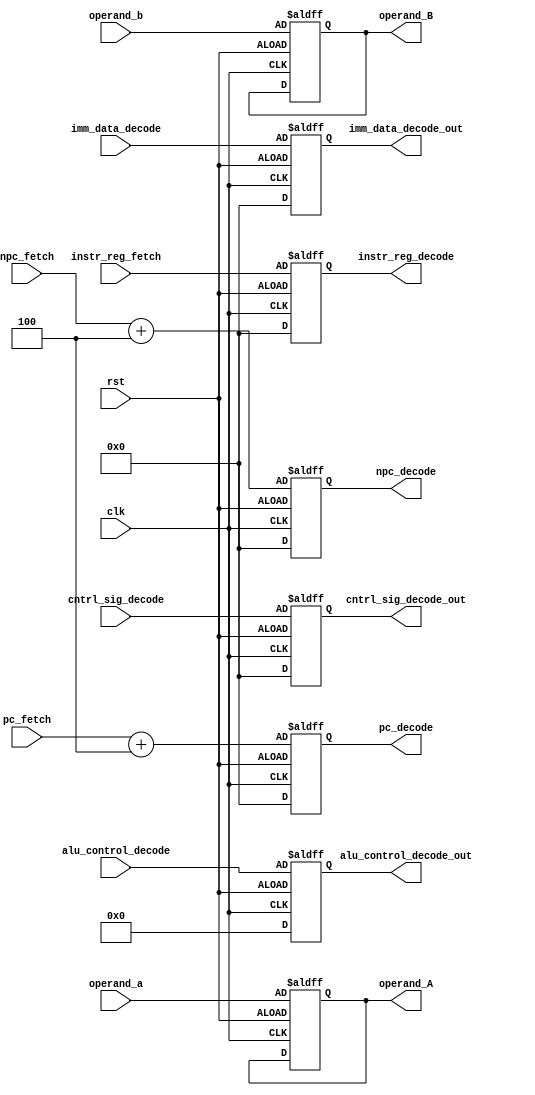
// This program was cloned from: https://github.com/chandana38/RISCVerse
// License: MIT License




`timescale 1ns / 1ps
module decode1#( parameter data_width = 32)(
input clk,
input rst,
input [data_width-1:0] instr_reg_fetch,
input [data_width-1:0] pc_fetch,
input [data_width-1:0] npc_fetch,
input [31:0] cntrl_sig_decode,
input [3:0] alu_control_decode,
input [31:0] imm_data_decode,
input [31:0] operand_a,
input [31:0] operand_b,
output reg [data_width-1:0] instr_reg_decode,
output reg [data_width-1:0] pc_decode,
output reg [data_width-1:0] npc_decode,
output reg  [31:0] cntrl_sig_decode_out,
output reg  [3:0] alu_control_decode_out,
output reg  [31:0] imm_data_decode_out,
output reg  [31:0] operand_A,
output reg  [31:0] operand_B);

always @(posedge clk or negedge rst)
begin
	if(rst)
	begin
      instr_reg_decode <= 0;
		pc_decode <= 0;
		npc_decode <= 0;
		cntrl_sig_decode_out <= 0;
		alu_control_decode_out <= 0;
		imm_data_decode_out <= 0;
	
	end
	else
	begin
		instr_reg_decode <= instr_reg_fetch;
		pc_decode <= pc_fetch+4;
		npc_decode <= npc_fetch+4;
		cntrl_sig_decode_out <= cntrl_sig_decode;
		alu_control_decode_out <= alu_control_decode;
		imm_data_decode_out <= imm_data_decode;
		operand_A <= operand_a;
		operand_B <= operand_b;
	end
end



endmodule